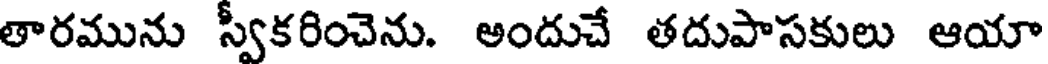
తారమును స్వీకరించెను. అందుచే తదుపాసకులు ఆయా